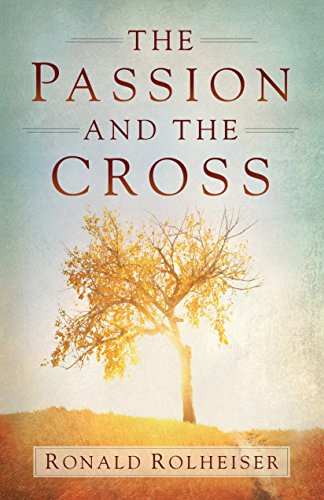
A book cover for The Passion and the Cross; Ronald Rolheiser; Christian Books & Bibles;